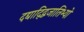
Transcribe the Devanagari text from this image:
दद्याद्द्विजातिभ्यो